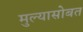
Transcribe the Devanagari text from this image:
मुल्यासोबत